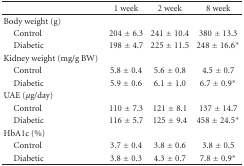
<table><thead><tr><td></td><td></td><td><b>1 week</b></td><td><b>2 week</b></td><td><b>8 week</b></td></tr></thead><tbody><tr><td>Body weight (g)</td><td></td><td></td><td></td><td></td></tr><tr><td> Control</td><td></td><td>204 ± 6.3</td><td>241 ± 10.4</td><td>380 ± 13.3</td></tr><tr><td> Diabetic</td><td></td><td>198 ± 4.7</td><td>225 ± 11.5</td><td>248 ± 16.6*</td></tr><tr><td>Kidney weight (mg/g BW)</td><td></td><td></td><td></td><td></td></tr><tr><td> Control</td><td></td><td>5.8 ± 0.4</td><td>5.6 ± 0.8</td><td>4.5 ± 0.7</td></tr><tr><td> Diabetic</td><td></td><td>5.9 ± 0.6</td><td>6.1 ± 1.0</td><td>6.7 ± 0.9*</td></tr><tr><td>UAE (<i>μ</i>g/day)</td><td></td><td></td><td></td><td></td></tr><tr><td> Control</td><td></td><td>110 ± 7.3</td><td>121 ± 8.1</td><td>137 ± 14.7</td></tr><tr><td> Diabetic</td><td></td><td>116 ± 5.7</td><td>125 ± 9.4</td><td>458 ± 24.5*</td></tr><tr><td>HbA1c (%)</td><td></td><td></td><td></td><td></td></tr><tr><td> Control</td><td></td><td>3.7 ± 0.4</td><td>3.8 ± 0.6</td><td>3.8 ± 0.5</td></tr><tr><td> Diabetic</td><td></td><td>3.8 ± 0.3</td><td>4.3 ± 0.7</td><td>7.8 ± 0.9*</td></tr></tbody></table>